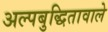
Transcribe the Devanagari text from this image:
अल्पबुद्धितावाले